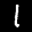
Label: 1